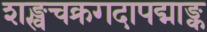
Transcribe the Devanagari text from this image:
शङ्खचक्रगदापद्माङ्क